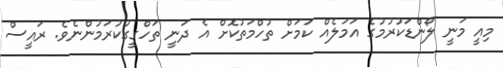
މިއީ މަނީ ލޯންޑަކުރުމުގެ އަމަލެއް ކަމަށް ތުހްމަތުކޮށް އެ ދަނީ ތަހްގީގުކުރަމުންނެވެ. ރައީސް